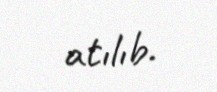
atılıb.